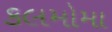
કલમોમા